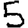
Digit: 5